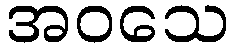
အဝသေ